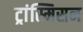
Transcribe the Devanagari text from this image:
ट्रांस्मिसन